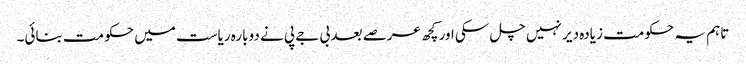
تاہم یہ حکومت زیادہ دیر نہیں چل سکی اور کچھ عرصے بعد بی جے پی نے دوبارہ ریاست میں حکومت بنائی۔